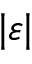
| \varepsilon |